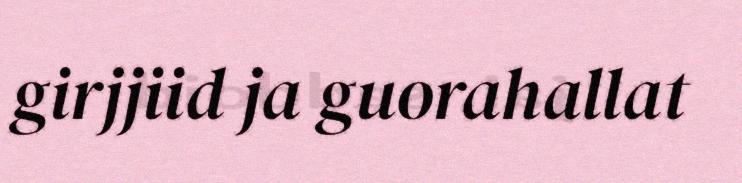
girjjiid ja guorahallat